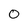
Character: 0